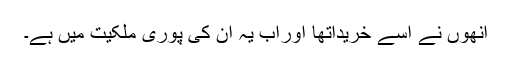
انھوں نے اسے خریداتھا اوراب یہ ان کی پوری ملکیت میں ہے۔